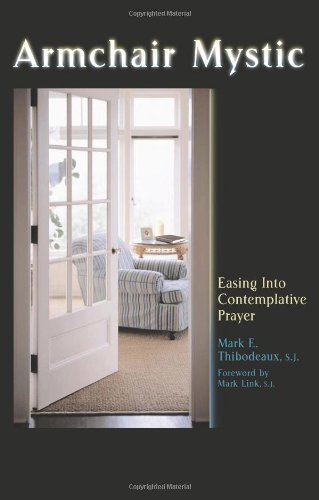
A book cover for Armchair Mystic: Easing Into Contemplative Prayer; Mark E. Thibodeaux S.J.; Religion & Spirituality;